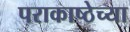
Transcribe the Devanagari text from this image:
पराकाष्ठेच्या